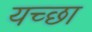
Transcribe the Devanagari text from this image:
यच्छा